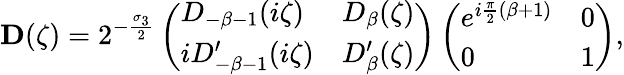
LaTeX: \mathbf{D}(\zeta)=2^{-\frac{\sigma_{3}}{2}}\left(\begin{array}{ll}{D_{-{\beta}-1}(i\zeta)}&{D_{{\beta}}(\zeta)}\\ {iD_{-{\beta}-1}^{\prime}(i\zeta)}&{D_{{\beta}}^{\prime}(\zeta)}\end{array}\right)\left(\begin{array}{ll}{e^{i\frac{\pi}{2}({\beta}+1)}}&{0}\\ {0}&{1}\end{array}\right),